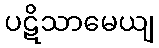
ပဋိသာမေယျ